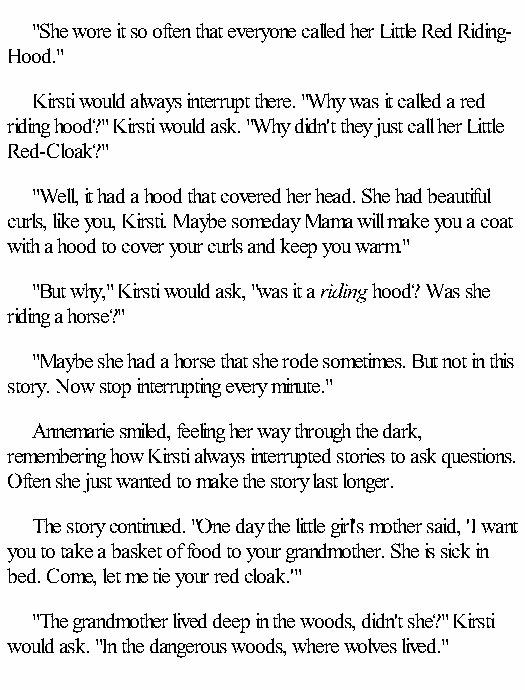
"She wore it so often that everyone called her Little Red Riding-
 Hood."
 Kirsti would always interrupt there. "Why was it called a red
 riding hood?" Kirsti would ask. "Why didn't they just call her Little
 Red-Cloak?"
 "Well, it had a hood that covered her head. She had beautiful
 curls, like you, Kirsti. Maybe someday Mama will make you a coat
 with a hood to cover your curls and keep you warm."
 "But why," Kirsti would ask, "was it a riding hood? Was she
 riding a horse?"
 "Maybe she had a horse that she rode sometimes. But not in this
 story. Now stop interrupting every minute."
 Annemarie smiled, feeling her way through the dark,
 remembering how Kirsti always interrupted stories to ask questions.
 Often she just wanted to make the story last longer.
 The story continued. "One day the little girl's mother said, 'I want
 you to take a basket of food to your grandmother. She is sick in
 bed. Come, let me tie your red cloak.'"
 "The grandmother lived deep in the woods, didn't she?" Kirsti
 would ask. "In the dangerous woods, where wolves lived."